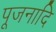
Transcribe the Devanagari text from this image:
पूजनादि